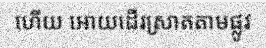
ហើយ អោយដើរស្រាតតាមផ្លូវ